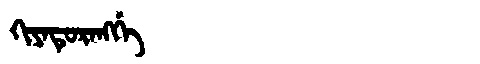
Manchu: ᡴᡳᠶᠠᡨᡠᡵᠠᠩᡤᡝ
Romanization: KIYATURANGGE